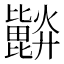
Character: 𣬗